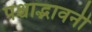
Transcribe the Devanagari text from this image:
पश्चाद्भावनी